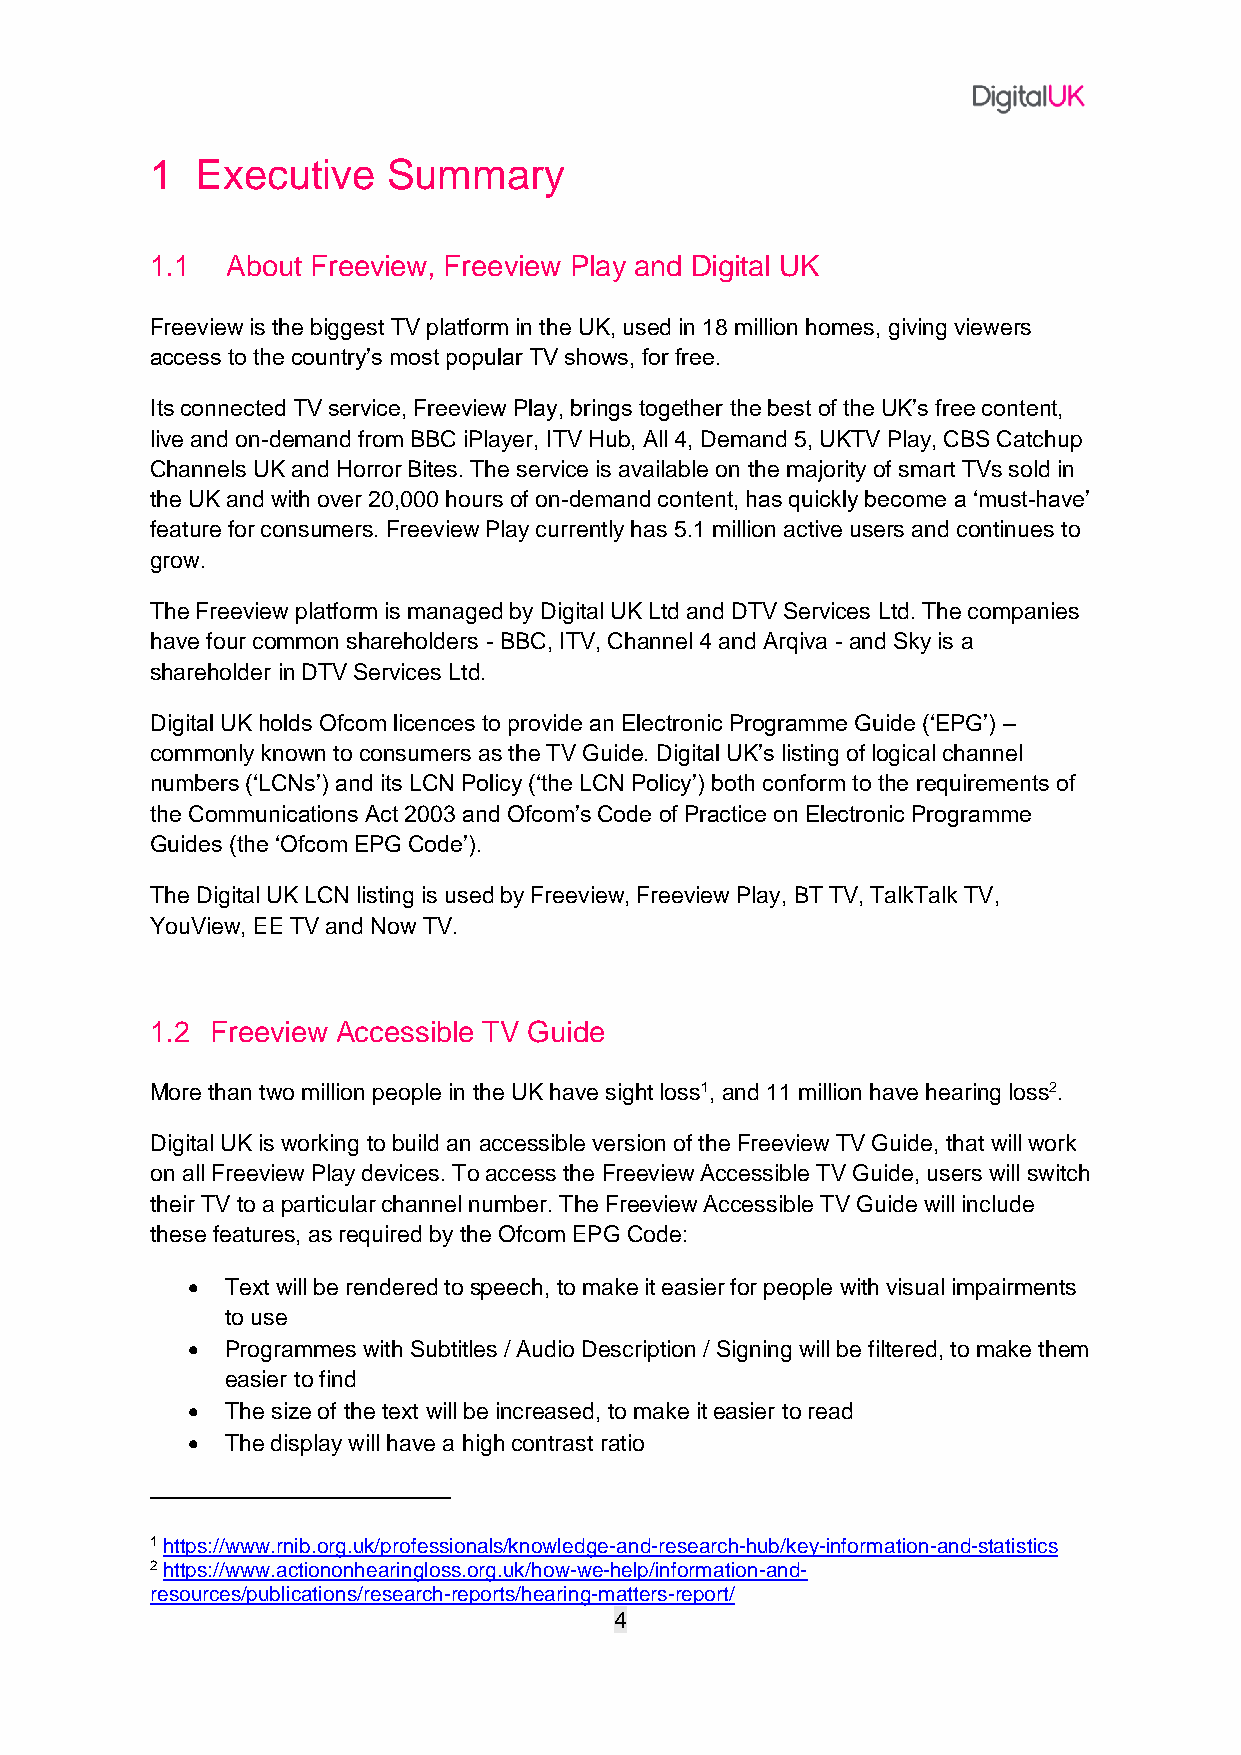
1  Executive    Summary
 1.1  About Freeview, Freeview Play and Digital UK
 Freeview is the biggest TV platform in the UK, used in 18 million homes, giving viewers
 access to the country’s most popular TV shows, for free.
 Its connected TV service, Freeview Play, brings together the best of the UK’s free content,
 live and on-demand from BBC iPlayer, ITV Hub, All 4, Demand 5, UKTV Play, CBS Catchup
 Channels UK and Horror Bites. The service is available on the majority of smart TVs sold in
 the UK and with over 20,000 hours of on-demand content, has quickly become a ‘must-have’
 feature for consumers. Freeview Play currently has 5.1 million active users and continues to
 grow.
 The Freeview platform is managed by Digital UK Ltd and DTV Services Ltd. The companies
 have four common shareholders - BBC, ITV, Channel 4 and Arqiva - and Sky is a
 shareholder in DTV Services Ltd.
 Digital UK holds Ofcom licences to provide an Electronic Programme Guide (‘EPG’) –
 commonly known to consumers as the TV Guide. Digital UK’s listing of logical channel
 numbers (‘LCNs’) and its LCN Policy (‘the LCN Policy’) both conform to the requirements of
 the Communications Act 2003 and Ofcom’s Code of Practice on Electronic Programme
 Guides (the ‘Ofcom EPG Code’).
 The Digital UK LCN listing is used by Freeview, Freeview Play, BT TV, TalkTalk TV,
 YouView, EE TV and Now TV.
 1.2 Freeview Accessible TV Guide
 More than two million people in the UK have sight loss1, and 11 million have hearing loss2.
 Digital UK is working to build an accessible version of the Freeview TV Guide, that will work
 on all Freeview Play devices. To access the Freeview Accessible TV Guide, users will switch
 their TV to a particular channel number. The Freeview Accessible TV Guide will include
 these features, as required by the Ofcom EPG Code:
 •  Text will be rendered to speech, to make it easier for people with visual impairments
 to use
 •  Programmes with Subtitles / Audio Description / Signing will be filtered, to make them
 easier to find
 •  The size of the text will be increased, to make it easier to read
 •  The display will have a high contrast ratio
 1 https://www.rnib.org.uk/professionals/knowledge-and-research-hub/key-information-and-statistics
 2 https://www.actiononhearingloss.org.uk/how-we-help/information-and-
 resources/publications/research-reports/hearing-matters-report/
 4